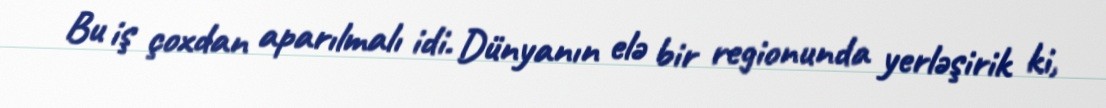
Bu iş çoxdan aparılmalı idi. Dünyanın elə bir regionunda yerləşirik ki,